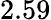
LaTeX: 2.59